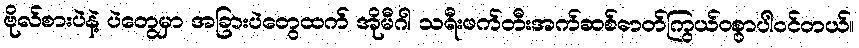
ဗိုလ်စားပဲနဲ့ ပဲတွေမှာ အခြားပဲတွေထက် အိုမီဂါ သရီးဖက်တီးအက်ဆစ်ဓာတ်ကြွယ်ဝစွာပါဝင်တယ်။